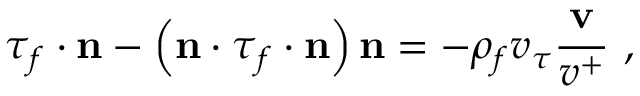
\boldsymbol { \tau } _ { f } \cdot \mathbf { n } - \left( \mathbf { n } \cdot \boldsymbol { \tau } _ { f } \cdot \mathbf { n } \right) \mathbf { n } = - \rho _ { f } v _ { \tau } \frac { \mathbf { v } } { v ^ { + } } \mathrm { ~ , ~ }